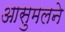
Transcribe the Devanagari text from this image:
आसुमलने